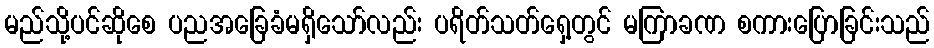
မည်သို့ပင်ဆိုစေ ပညအခြေခံမရှိသော်လည်း ပရိတ်သတ်ရှေ့တွင် မကြာခဏ စကားပြောခြင်းသည်